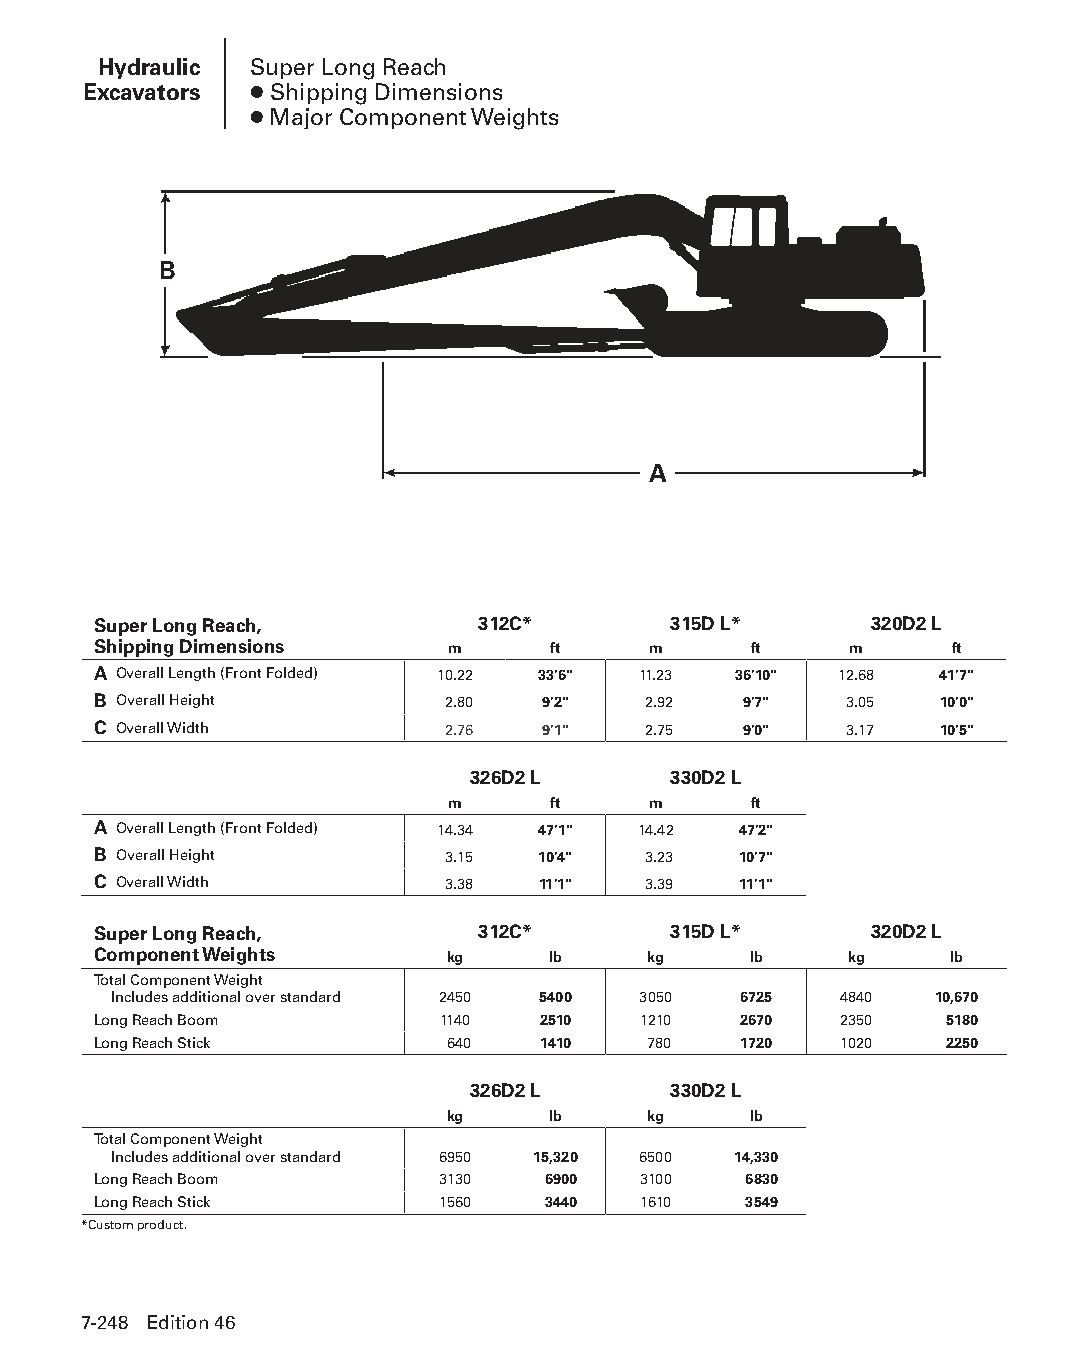
Hydraulic Super Long Reach
 Excavators ● Shipping Dimensions
 ● Major Component Weights
 B
 A
 Super Long Reach,        312C*        315D L*      320D2 L
 Shipping Dimensions    m      ft    m      ft     m     ft
 A Overall Length (Front Folded) 10.22 33'6" 11.23 36'10" 12.68 41'7"
 B Overall Height       2.80  9'2"   2.92   9'7"  3.05   10'0"
 C Overall Width        2.76  9'1"   2.75   9'0"  3.17   10'5"
 326D2 L       330D2 L
 m      ft    m      ft
 A Overall Length (Front Folded) 14.34 47'1" 14.42 47'2"
 B Overall Height       3.15  10'4"  3.23  10'7"
 C Overall Width        3.38  11'1"  3.39  11'1"
 Super Long Reach,        312C*        315D L*      320D2 L
 Component Weights      kg     lb    kg     lb    kg     lb
 Total Component Weight
 Includes additional over standard 2450 5400 3050 6725 4840 10,670
 Long Reach Boom       1140   2510   1210  2670   2350   5180
 Long Reach Stick       640   1410   780   1720   1020   2250
 326D2 L       330D2 L
 kg     lb    kg     lb
 Total Component Weight
 Includes additional over standard 6950 15,320 6500 14,330
 Long Reach Boom       3130   6900   3100   6830
 Long Reach Stick      1560   3440   1610   3549
 *Custom product.
 7-248 Edition 46
 PPHHBB--SSeecc0077--HHyyddrraauulliiccEExxccaavvaattoorrss((ppgg224433--229944))..iinndddd 224488 1122//44//1155 1100::3377 AAMM